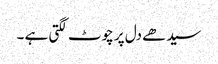
سیدھے دل پر چوٹ لگتی ہے ۔